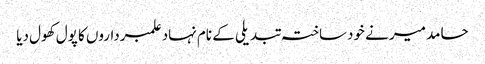
حامد میر نے خودساختہ تبدیلی کے نام نہاد علمبرداروں کا پول کھول دیا